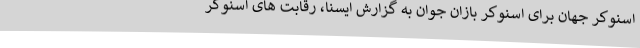
اسنوکر جهان برای اسنوکر بازان جوان به گزارش ایسنا، رقابت های اسنوکر